Annual report of the Punjab Veterinary College and of the Civil Veterinary Department, Punjab - 1909-1919
Year: 1909
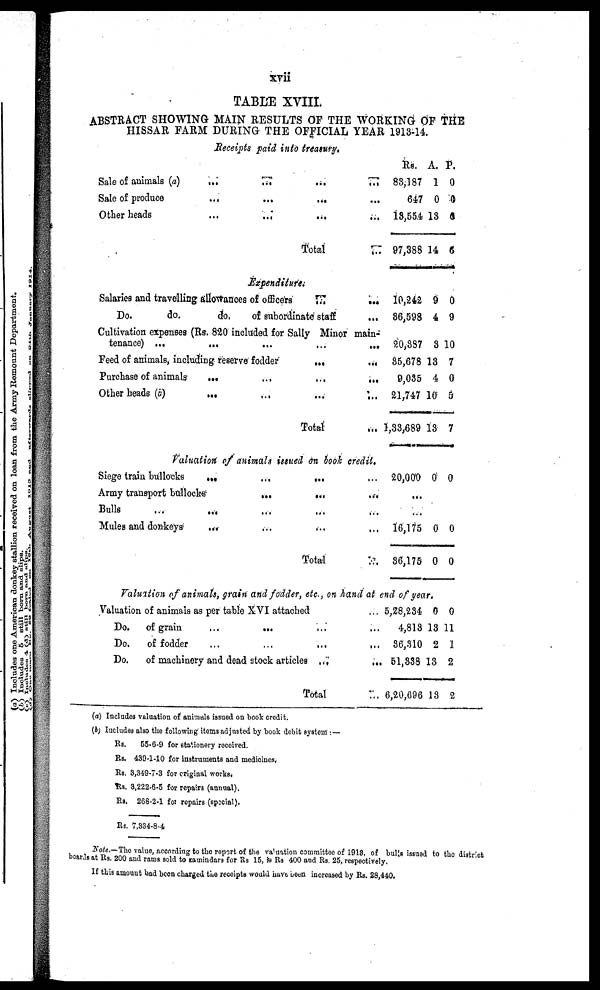
xvii
TABLE XVIII.
ABSTRACT SHOWING MAIN RESULTS OF THE WORKING OF THE
HISSAR FARM DURING THE OFFICIAL YEAR 1913-14.
Receipts paid into treasury.
Sale of animals (a) ... ... ... ...
Sale of produce ... ... ... ...
Other heads ... ... ... ...
Total......
Rs.
83,187
647
18,554
97,388
A.
1
0
13
14
P.
0
0
6
6
Expenditure.
Salaries and travelling allowances of officers ... ... ... ...
Do.
do.
do,
of subordinate staff
...
Cultivation expenses (Rs. 820 included for Sally Minor main-
tenance) ...
...
...
...
...
...
Feed of animals, including reserve fodder
...
...
...
...
Purchase of animals ... ... ... ...
Other heads (b) ... ... ... ...
Total ...
10,242
36,598
20,337
35,678
9,035
21,747
1,33,689
9
4
3
13
4
10
13
0
9
10
7
0
5
7
Valuation of animals issued on book credit.
Siege train bullocks ... ... ... ...
Army transport bullocks
Bulls
...
... ... ...
Mules and donkeys ... ... ... ...
Total...
20,000 0 0
...
...
16,175
86,175
0
0
0
0
Valuation of animals, grain and fodder, etc., on hand at end of year.
Valuation of animals as per table XVI attached ...
Do.
of grain
...
... ... ...
Do.
of fodder
...
...
...
...
Do.
of machinery and dead stock articles ... ...
Total...
5,28,234
4,813
36,310
51,338
... 6,20,696
0
13
2
13
13
0
11
1
2
2
(a) Includes valuation of animals issued on book credit.
(b) Includes also the following items adjusted by book debit system:—
Rs.
Rs.
Rs.
Rs.
Rs.
Rs.
55-6-9 for stationery received.
439-1-10 for instruments and medicines.
3,349-7-3 for original works.
3,222-6-5 for repairs (annual).
268-2-1 fox repairs (special).
7,834-8-4
Note.—The value, according to the report of the valuation committee of 1913, of bulls issued to the district
boards at Rs. 200 and rams sold to zamindars for Rs 15, is Rs 400 and Rs. 25, respectively.
If this amount bad been charged the receipts would have been increased by Rs. 28,440.